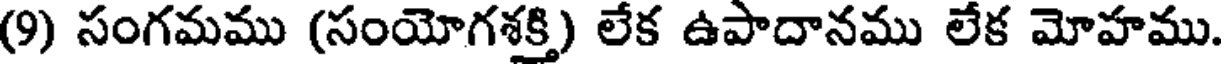
(9) సంగమము (సంయోగశక్తి) లేక ఉపాదానము లేక మోహము.